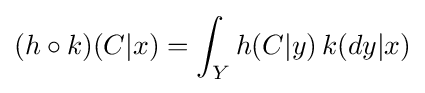
(h\circ k)(C|x)=\int _{Y}h(C|y)\,k(dy|x)